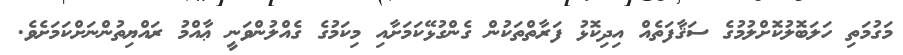
މަގުމަތި ހަލަބޮލުކޮށްލުމުގެ ސަޤާފަތެއް އިދިކޮޅު ފަރާތްތަކުން ގެންގުޅޭކަމަށާއި މިކަމުގެ ގެއްލުންވަނީ ޢާއްމު ރައްޔިތުންނަށްކަމަށެވެ.